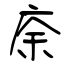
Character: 庩